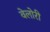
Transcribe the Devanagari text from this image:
वेलोरी